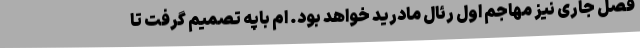
فصل جاری نیز مهاجم اول رئال مادرید خواهد بود. ام باپه تصمیم گرفت تا